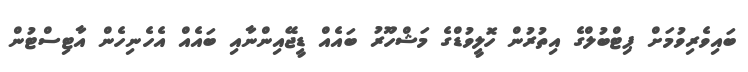
ބައިވެރިވުމަށް ޕިޓްބުލްގެ އިތުރުން ހޮލީވުޑްގެ މަޝްހޫރު ބައެއް ޑީޖޭއިންނާއި ބައެއް އެހެނިހެން އާޓިސްޓުން